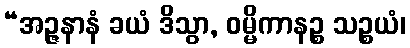
“အဉ္ဇနာနံ ခယံ ဒိသွာ, ဝမ္မိကာနဉ္စ သဉ္စယံ၊